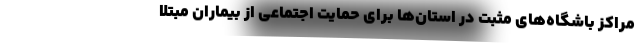
مراکز باشگاه‌های مثبت در استان‌ها برای حمایت اجتماعی از بیماران مبتلا